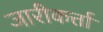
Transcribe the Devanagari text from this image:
जारीकर्त्ता